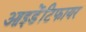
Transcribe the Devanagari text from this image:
आइडेंटिफायर